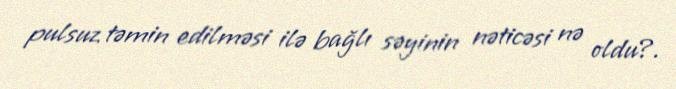
pulsuz təmin edilməsi ilə bağlı səyinin nəticəsi nə oldu?.